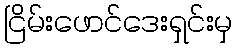
ငြိမ်းဖောင်ဒေးရှင်းမှ